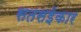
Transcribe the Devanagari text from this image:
सतसईकार